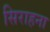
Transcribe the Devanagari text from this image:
सिराहना